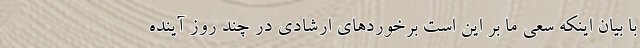
با بیان اینکه سعی ما بر این است برخوردهای ارشادی در چند روز آینده